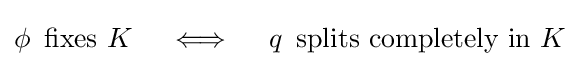
\phi \,{\mbox{ fixes }}K\quad \iff \quad q\,{\mbox{ splits completely in }}K